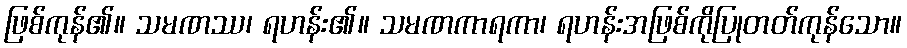
ဖြစ်ကုန်၏။ သမဏဿ၊ ရဟန်း၏။ သမဏကာရကာ၊ ရဟန်းအဖြစ်ကိုပြုတတ်ကုန်သော။